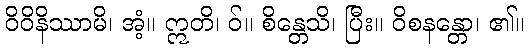
ဝိဝိနိဿာမိ၊ အံ့။ ဣတိ၊ ဝ်။ စိန္တေသိ၊ ပြီး။ ဝိစနန္တော၊ ၏။